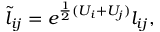
\begin{array} { r } { \tilde { l } _ { i j } = e ^ { \frac { 1 } { 2 } ( U _ { i } + U _ { j } ) } l _ { i j } , } \end{array}